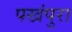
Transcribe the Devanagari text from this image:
पखंपुरा